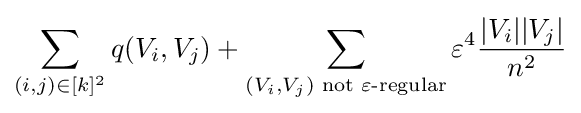
\sum _{(i,j)\in [k]^{2}}q(V_{i},V_{j})+\sum _{(V_{i},V_{j}){\text{ not }}\varepsilon {\text{-regular}}}\varepsilon ^{4}{\frac {|V_{i}||V_{j}|}{n^{2}}}